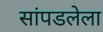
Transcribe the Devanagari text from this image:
सांपडलेला